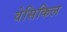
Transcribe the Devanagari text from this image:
वेसिकिल